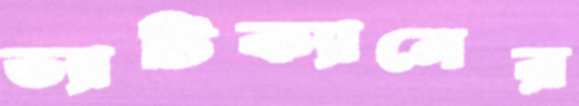
ভ্যাটিক্যানের